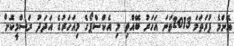
އެންމެ ފުރަތަމަ 2013ވަނަ އަހަރު ބޭއްވި މި އެކްސްޕޯގެ މިއަހަރުގެ އަދަދު ރަސްމީކޮށް